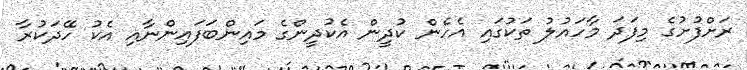
ރަށްފުށުގެ މިފަދަ މާހައުލު ތަކުގައި އެހެން ކުދީން އެކުދީންގެ މައިންބަފައިންނާއި އެކު ހޭދަކުރާ